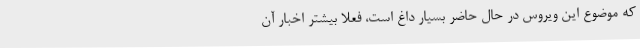
که موضوع این ویروس در حال حاضر بسیار داغ است، فعلا بیشتر اخبار آن